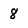
Character: 8